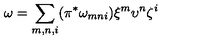
\omega = \sum _ { m , n , i } ( \pi ^ { * } \omega _ { m n i } ) \xi ^ { m } \upsilon ^ { n } \zeta ^ { i }